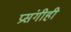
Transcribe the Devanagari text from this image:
प्रसंगीही